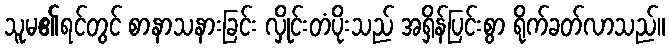
သူမ၏ရင်တွင် စာနာသနားခြင်း လှိုင်းတံပိုးသည် အရှိန်ပြင်းစွာ ရိုက်ခတ်လာသည်။